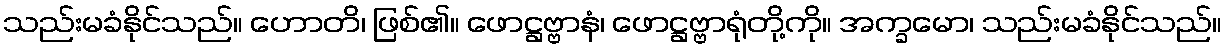
သည်းမခံနိုင်သည်။ ဟောတိ၊ ဖြစ်၏။ ဖောဋ္ဌဗ္ဗာနံ၊ ဖောဋ္ဌဗ္ဗာရုံတို့ကို။ အက္ခမော၊ သည်းမခံနိုင်သည်။